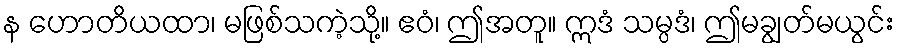
န ဟောတိယထာ၊ မဖြစ်သကဲ့သို့။ ဧဝံ၊ ဤအတူ။ ဣဒံ သမ္ပဒံ၊ ဤမချွတ်မယွင်း